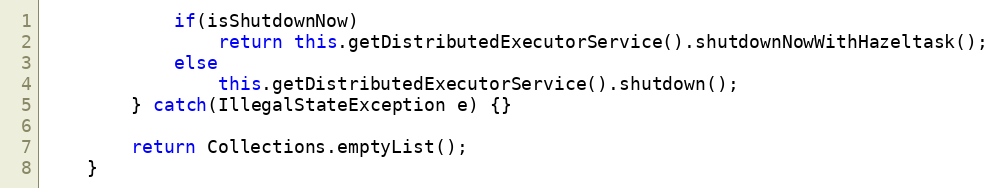
Language: Java
            if(isShutdownNow)
                return this.getDistributedExecutorService().shutdownNowWithHazeltask();
            else
                this.getDistributedExecutorService().shutdown();
        } catch(IllegalStateException e) {}

        return Collections.emptyList();
    }